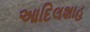
આદિલશાહ